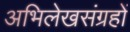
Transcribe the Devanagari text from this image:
अभिलेखसंग्रहों